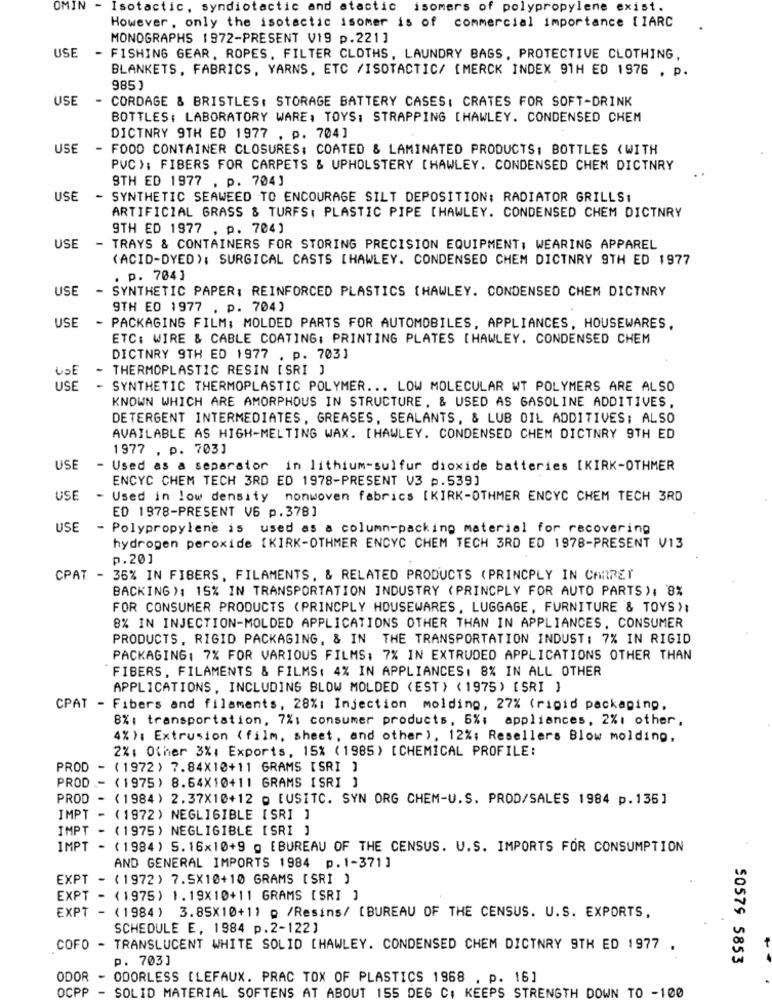
OMIN - Isotactic, syndiotactic and atactic
isomers of polypropylene exist.
However, only the isotactic isomer is of commercial importance [IARC
MONOGRAPHS 1972-PRESENT V19 p.221]
USE
FISHING GEAR, ROPES, FILTER CLOTHS, LAUNDRY BAGS, PROTECTIVE CLOTHING,
BLANKETS, FABRICS, YARNS. ETC /ISOTACTIC/ [MERCK INDEX 91H ED 1976 . p.
985]
USE
- CORDAGE & BRISTLES: STORAGE BATTERY CASES: CRATES FOR SOFT-DRINK
BOTTLES: LABORATORY WARE, TOYS: STRAPPING [HAWLEY. CONDENSED CHEM
DICTNRY 9TH ED 1977 , p. 704]
USE
- FOOD CONTAINER CLOSURES: COATED & LAMINATED PRODUCTS: BOTTLES (WITH
PVC): FIBERS FOR CARPETS & UPHOLSTERY [HAWLEY. CONDENSED CHEM DICTNRY
9TH ED 1977 . p. 704]
USE
- SYNTHETIC SEAWEED TO ENCOURAGE SILT DEPOSITION; RADIATOR GRILLS:
ARTIFICIAL GRASS & TURFS: PLASTIC PIPE [HAWLEY. CONDENSED CHEM DICTNRY
9TH ED 1977 , p. 704]
USE
TRAYS & CONTAINERS FOR STORING PRECISION EQUIPMENT; WEARING APPAREL
(ACID-DYED): SURGICAL CASTS [HAWLEY. CONDENSED CHEM DICTNRY 9TH ED 1977
. p. 704]
USE
SYNTHETIC PAPER: REINFORCED PLASTICS [HAWLEY. CONDENSED CHEM DICTNRY
9TH ED 1977 . p. 704)
USE
- PACKAGING FILM; MOLDED PARTS FOR AUTOMOBILES, APPLIANCES, HOUSEWARES,
ETC: WIRE & CABLE COATING: PRINTING PLATES [HAWLEY. CONDENSED CHEM
DICTNRY 9TH ED 1977 . p. 703]
- THERMOPLASTIC RESIN [ SRI ]
USE
- SYNTHETIC THERMOPLASTIC POLYMER ... LOW MOLECULAR WT POLYMERS ARE ALSO
KNOWN WHICH ARE AMORPHOUS IN STRUCTURE, & USED AS GASOLINE ADDITIVES,
DETERGENT INTERMEDIATES, GREASES, SEALANTS, & LUB OIL ADDITIVES; ALSO
AVAILABLE AS HIGH-MELTING WAX. [HAWLEY. CONDENSED CHEM DICTNRY 9TH ED
1977 . p. 703]
USE
- Used as a separator in lithium-sulfur dioxide batteries [KIRK-OTHMER
ENCYC CHEM TECH 3RD ED 1978-PRESENT V3 p.539]
USE
- Used in low density nonwoven fabrics [KIRK-OTHMER ENCYC CHEM TECH 3RD
ED 1978-PRESENT V6 p.378]
USE
- Polypropylene is used as a column-packing material for recovering
hydrogen peroxide [KIRK-OTHMER ENCYC CHEM TECH 3RD ED 1978-PRESENT V13
p.20]
CPAT - 36% IN FIBERS, FILAMENTS, & RELATED PRODUCTS (PRINCPLY IN CARREY
BACKING): 15% IN TRANSPORTATION INDUSTRY (PRINCPLY FOR AUTO PARTS ), 8%
FOR CONSUMER PRODUCTS (PRINCPLY HOUSEWARES, LUGGAGE, FURNITURE & TOYS );
8% IN INJECTION-MOLDED APPLICATIONS OTHER THAN IN APPLIANCES, CONSUMER
PRODUCTS, RIGID PACKAGING, & IN THE TRANSPORTATION INDUST: 7% IN RIGID
PACKAGING: 7% FOR VARIOUS FILMS: 7% IN EXTRUDED APPLICATIONS OTHER THAN
FIBERS, FILAMENTS & FILMS: 4% IN APPLIANCES. 8% IN ALL OTHER
APPLICATIONS, INCLUDING BLOW MOLDED (EST) ( 1975) [SRI ]
CPAT
Fibers and filaments, 28%: Injection molding, 27% (rigid packaging,
8%: transportation, 7%; consumer products, 5%; appliances, 2%: other,
4%): Extrusion ( film, sheet, and other), 12%; Resellers Blow molding,
2%: Other 3%, Exports, 15% (1985) [CHEMICAL PROFILE:
PROD - (1972) 7.84X10+11 GRAMS [SRI ]
PROD - (1975) 8.64X10+11 GRAMS [SRI ]
PROD - (1984) 2.37X10+12 o EUSITC. SYN ORG CHEM-U.S. PROD/SALES 1984 p.135]
IMPT - (1972) NEGLIGIBLE [SRI ]
IMPT - (1975) NEGLIGIBLE [SRI ]
IMPT - (1984) S.16x10+9 g [BUREAU OF THE CENSUS. U.S. IMPORTS FOR CONSUMPTION
AND GENERAL IMPORTS 1984 p.1-371]
EXPT - (1972) 7.5X10+10 GRAMS [ SRI )
EXPT - (1975) 1.19X10+11 GRAMS [ SRI ]
EXPT - (1984) 3.85X10+11 p /Resins/ [BUREAU OF THE CENSUS. U.S. EXPORTS,
SCHEDULE E, 1984 p.2-122]
COFO - TRANSLUCENT WHITE SOLID [HAWLEY. CONDENSED CHEM DICTNRY 9TH ED 1977 .
p. 703]
50579 5853
ODOR - ODORLESS [LEFAUX. PRAC TOX OF PLASTICS 1968 , p. 16]
OCPP
SOLID MATERIAL SOFTENS AT ABOUT 155 DEG C; KEEPS STRENGTH DOWN TO -100